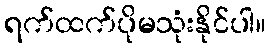
ရက်ထက်ပိုမသုံးနိုင်ပါ။